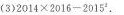
(3)$$ 2 0 14 \times 2 0 1 6 - 2 0 1 5^{2} $$。